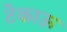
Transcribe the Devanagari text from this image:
टेकाऊ